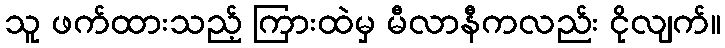
သူ ဖက်ထားသည့် ကြားထဲမှ မီလာနီကလည်း ငိုလျက်။